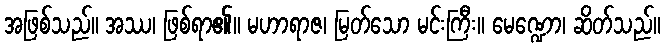
အဖြစ်သည်။ အဿ၊ ဖြစ်ရာ၏။ မဟာရာဇ၊ မြတ်သော မင်းကြီး။ မေဏ္ဍော၊ ဆိတ်သည်။